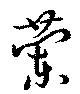
蘭